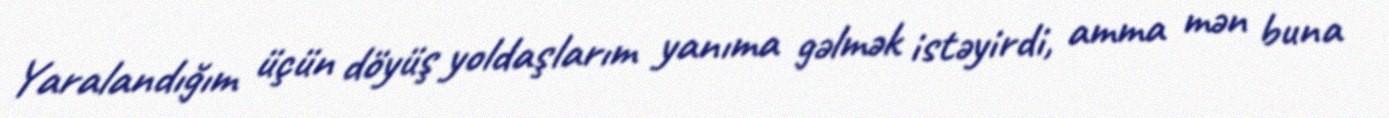
Yaralandığım üçün döyüş yoldaşlarım yanıma gəlmək istəyirdi, amma mən buna